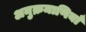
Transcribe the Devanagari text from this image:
अनुक्रमाणियाँ